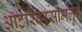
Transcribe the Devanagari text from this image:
ऑटोरेंवरसामलुंग